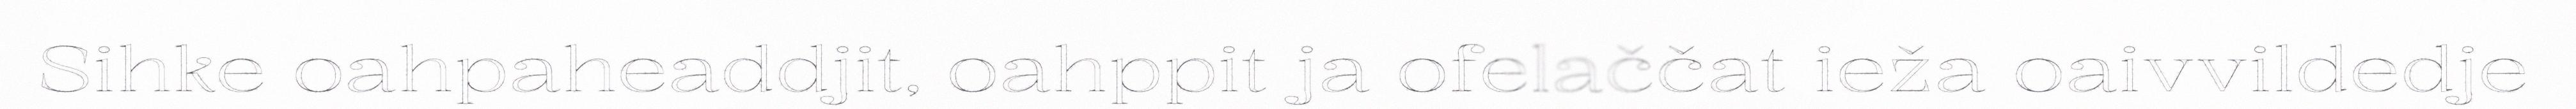
Sihke oahpaheaddjit, oahppit ja ofelaččat ieža oaivvildedje